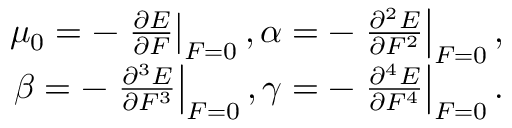
\begin{array} { r } { \mu _ { 0 } = - \left. \frac { \partial E } { \partial F } \right| _ { F = 0 } , \alpha = - \left. \frac { \partial ^ { 2 } E } { \partial F ^ { 2 } } \right| _ { F = 0 } , } \\ { \beta = - \left. \frac { \partial ^ { 3 } E } { \partial F ^ { 3 } } \right| _ { F = 0 } , \gamma = - \left. \frac { \partial ^ { 4 } E } { \partial F ^ { 4 } } \right| _ { F = 0 } . } \end{array}